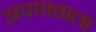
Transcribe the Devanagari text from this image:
अपघाताला